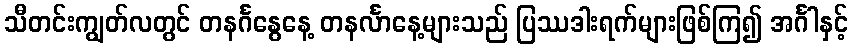
သီတင်းကျွတ်လတွင် တနင်္ဂနွေနေ့ တနင်္လာနေ့များသည် ပြဿဒါးရက်များဖြစ်ကြ၍ အင်္ဂါနှင့်